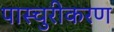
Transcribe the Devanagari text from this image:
पास्चुरीकरण